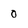
Character: 0